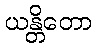
ယန္တိတော